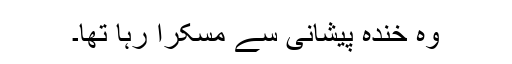
وہ خندہ پیشانی سے مسکرا رہا تھا۔